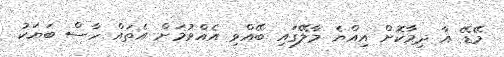
މޭޑޭ އާ ދިމާކޮށް އިއްޔެ މާލޭގައި ބޭއްވި އެއްވުމަށް އެތައް ހާސް ބަޔަކު